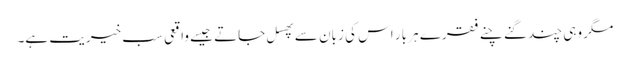
مگر وہی چند گنے چنے فقرے ہر بار اس کی زبان سے پھسل جاتے جیسے واقعی سب خیریت ہے۔